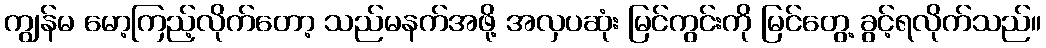
ကျွန်မ မော့ကြည့်လိုက်တော့ သည်မနက်အဖို့ အလှပဆုံး မြင်ကွင်းကို မြင်တွေ့ ခွင့်ရလိုက်သည်။